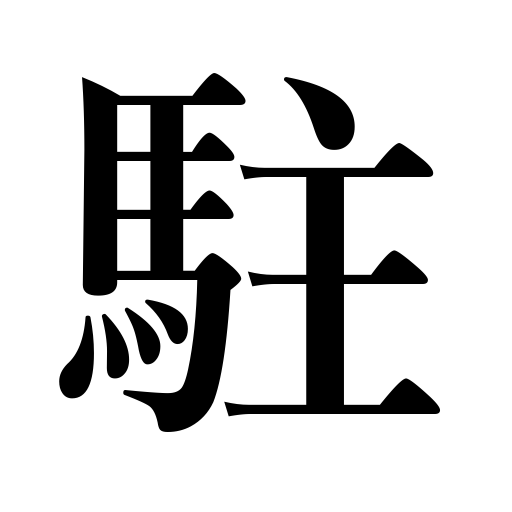
Meanings: stop,reside in